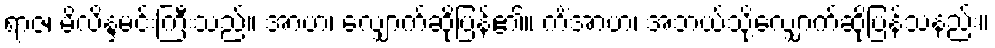
ရာဇ၊ မိလိန္ဒမင်းကြီးသည်။ အာဟ၊ လျှောက်ဆိုပြန်၏။ ကိံအာဟ၊ အဘယ်သို့လျှောက်ဆိုပြန်သနည်း။